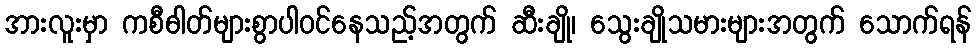
အားလူးမှာ ကစီဓါတ်များစွာပါဝင်နေသည့်အတွက် ဆီးချို၊ သွေးချိုသမားများအတွက် သောက်ရန်